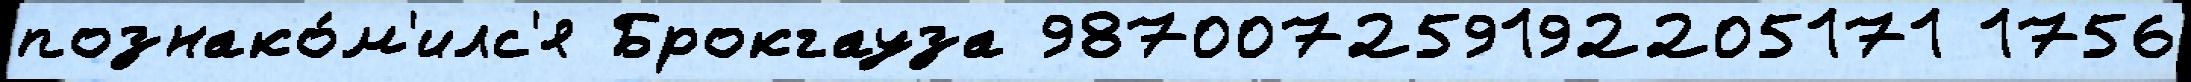
познако́м'илс'я Брокгауза 987007259192205171 1756